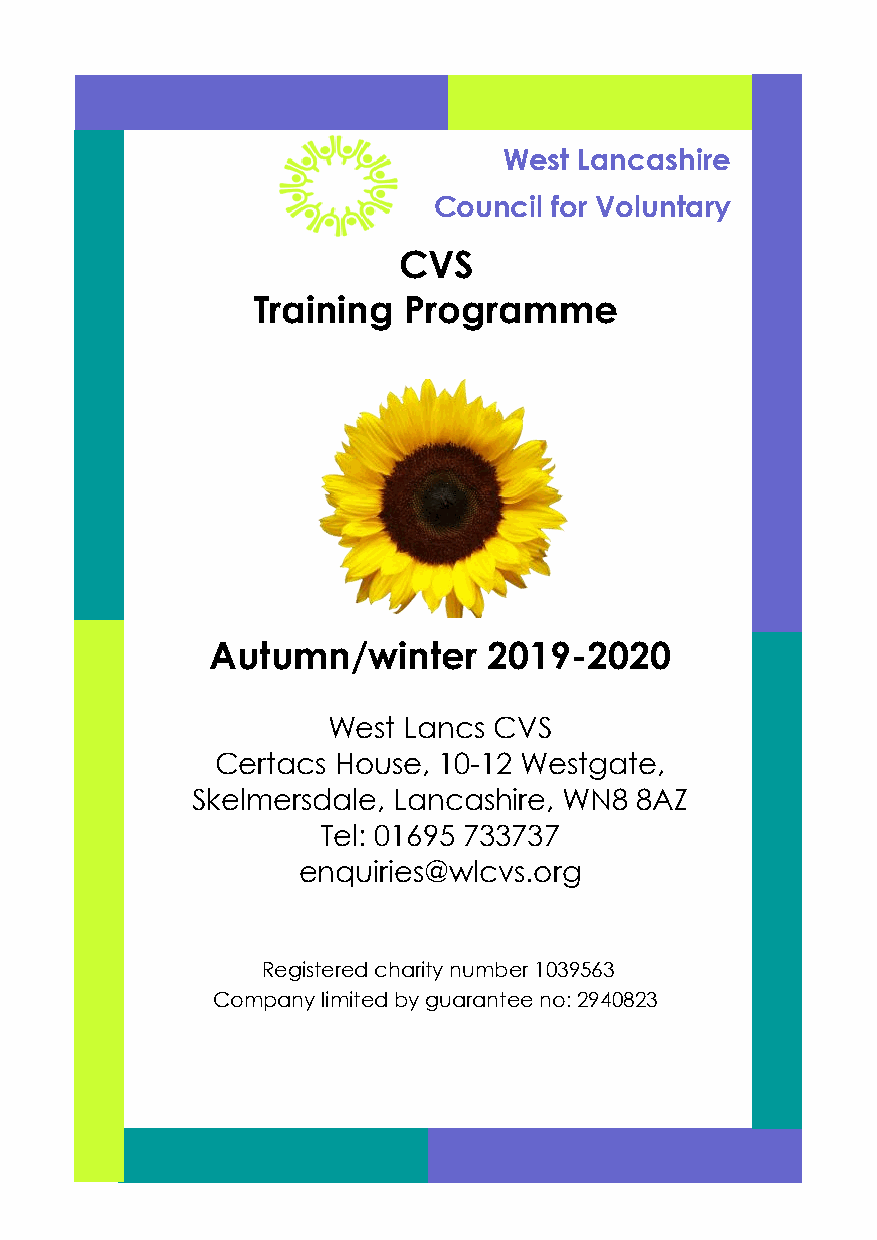
West Lancashire
 Council for Voluntary
 CVS
 Training  Programme
 Autumn/winter     2019-2020
 West Lancs CVS
 Certacs House, 10-12 Westgate,
 Skelmersdale, Lancashire, WN8 8AZ
 Tel: 01695 733737
 enquiries@wlcvs.org
 Registered charity number 1039563
 Company limited by guarantee no: 2940823